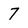
Character: 7